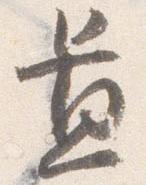
置